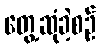
တွေ့ဆုံခဲ့စဉ်